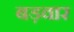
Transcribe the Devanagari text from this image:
बड़वार